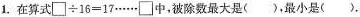
1.在算式$$\square \div 16=17\cdots \cdots \square $$中，被除数最大是()，最小是().